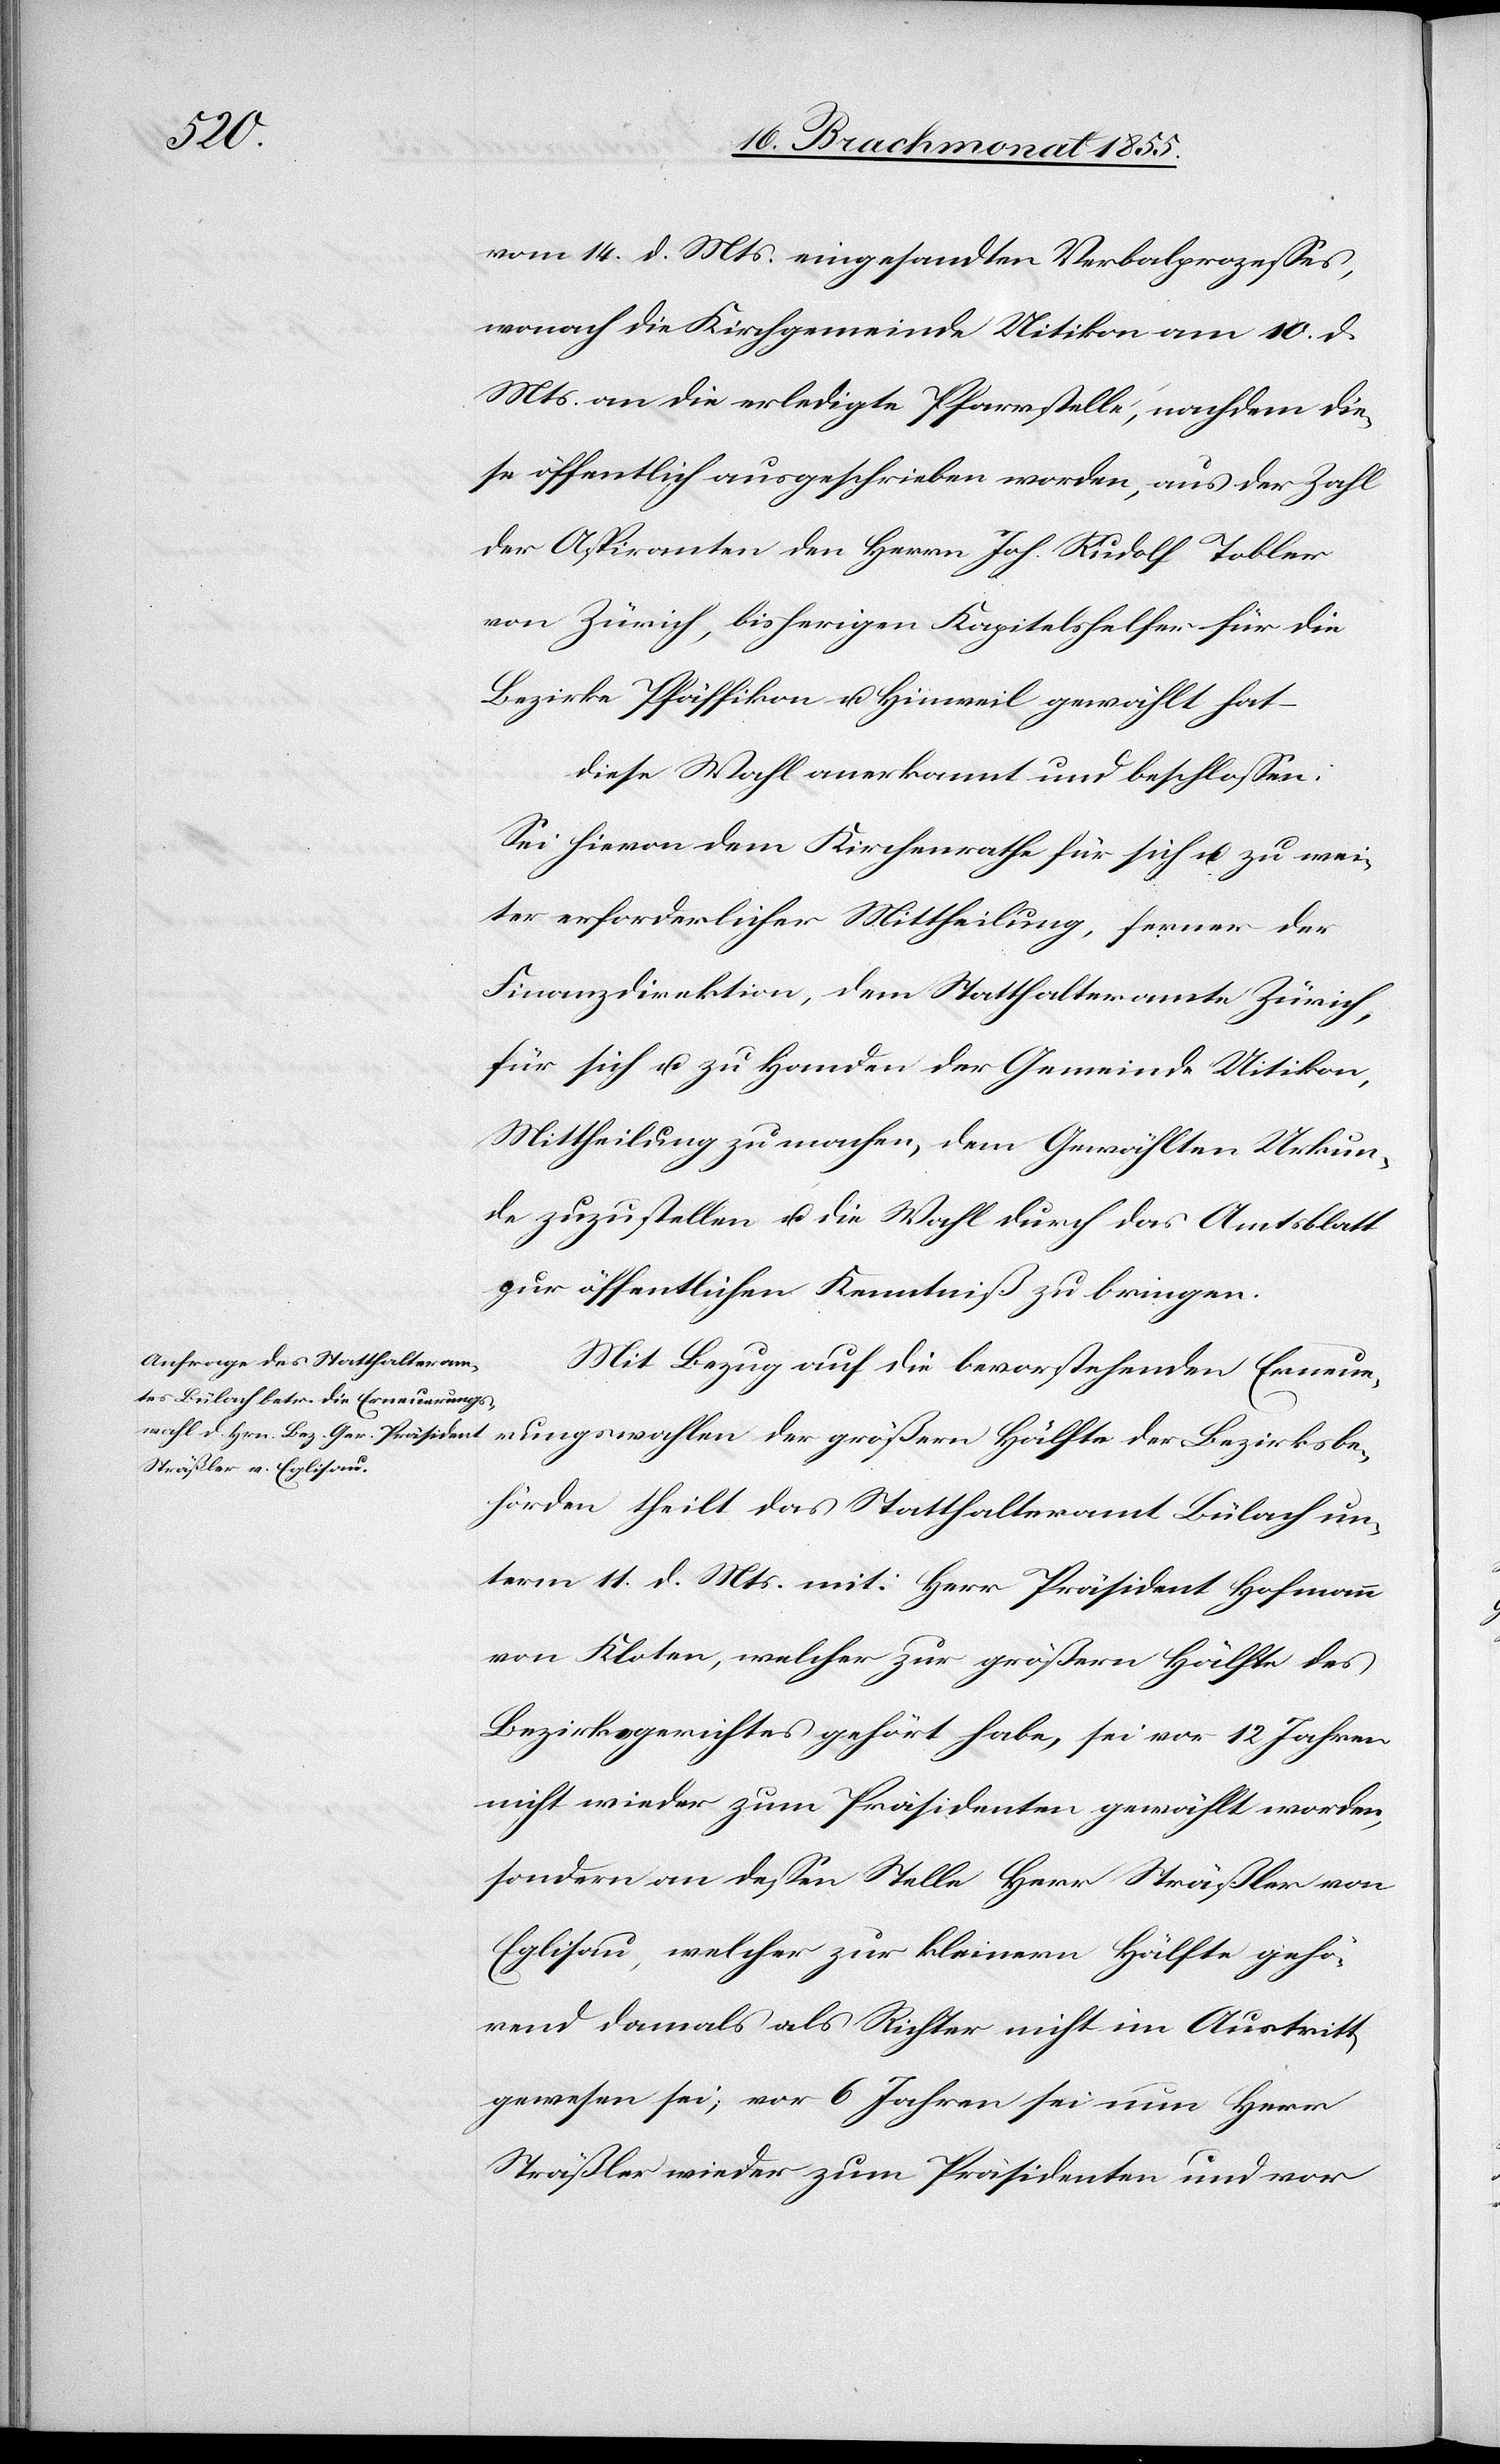
Bezirksb¬
vom 14. d. Mts. eingesandten Verbalprozesses,
wonach die Kirchgemeinde Uitikon am 10. d.
Mts. an die erledigte Pfarrstelle, nachdem die¬
se öffentlich ausgeschrieben worden, aus der Zahl
der Aspiranten den Herrn Joh. Rudolf Tobler
von Zürich, bisherigen Kapitelshelfer für die
Bezirke Pfäffikon u. Hinweil gewählt hat –
diese Wahl anerkannt und beschlossen:
Sei hievon dem Kirchenrathe für sich u. zu wei¬
ter erforderlicher Mittheilung, ferner der
Finanzdirektion, dem Statthalteramte Zürich,
für sich u. zu Handen der Gemeinde Uitikon,
Mittheilung zu machen, dem Gewählten Urkun¬
de zuzustellen u. die Wahl durch das Amtsblatt
zur öffentlichen Kenntniß zu bringen.
Mit Bezug auf die bevorstehenden Erneuer¬
ehörden theilt das Statthalteramt Bülach un¬
term 11. d. Mts. mit: Herr Präsident Hofmann
von Kloten, welcher zur größern Hälfte des
Bezirksgerichtes gehört habe, sei vor 12 Jahren
nicht wieder zum Präsidenten gewählt worden,
sondern an dessen Stelle Herr Sträßler von
Eglisau, welcher zur kleinern Hälfte gehö¬
rend damals als Richter nicht im Austritt
gewesen sei; vor 6 Jahren sei nun Herr
Sträßler wieder zum Präsidenten und vor